Proceedings of the meeting of veterinary officers in India
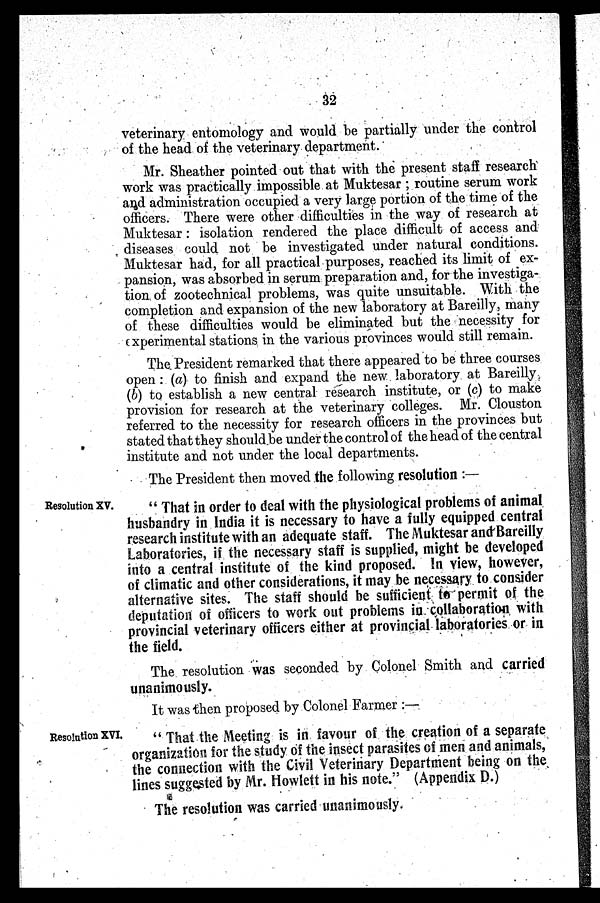
32
veterinary entomology and would be partially under the control
of the head of the veterinary department.
Mr. Sheather pointed out that with the present staff research
work was practically impossible at Muktesar; routine serum work
and administration occupied a very large portion of the time of the
officers. There were other difficulties in the way of research at
Muktesar: isolation rendered the place difficult of access and
diseases could not be investigated under natural conditions.
Muktesar had, for all practical purposes, reached its limit of ex-
pansion, was absorbed in serum preparation and, for the investiga-
tion of zootechnical problems, was quite unsuitable. With the
completion and expansion of the new laboratory at Bareilly, many
of these difficulties would be eliminated but the necessity for
experimental stations in the various provinces would still remain.
The. President remarked that there appeared to be three courses
open: (a) to finish and expand the new laboratory at Bareilly,
(6) to establish a new central research institute, or (c) to make
provision for research at the veterinary colleges. Mr. Clouston
referred to the necessity for research officers in the provinces but
stated that they should be under the control of the head of the central
institute and not under the local departments.
The President then moved the following resolution:—
Resolution XV.
"That in order to deal with the physiological problems of animal
husbandry in India it is necessary to have a fully equipped central
research institute with an adequate staff. The Muktesar and Bareilly
Laboratories, if the necessary staff is supplied, might be developed
into a central institute of the kind proposed. In view, however,
of climatic and other considerations, it may be necessary to consider
alternative sites. The staff should be sufficient to permit of the
deputation of officers to work out problems in collaboration with
provincial veterinary officers either at provincial laboratories or in
the field.
The resolution was seconded by Colonel Smith and carried
unanimously.
It was then proposed by Colonel Farmer:—
Resolution XVI.
"That the Meeting is in favour of the creation of a separate
organization for the study of the insect parasites of men and animals,
the connection with the Civil Veterinary Department being on the
lines suggested by Mr. Howlett in his note." (Appendix D.)
The resolution was carried unanimously.